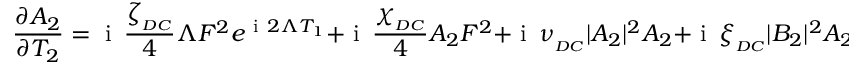
\frac { \partial A _ { 2 } } { \partial T _ { 2 } } = \mathrm { ~ i ~ } \, \frac { \zeta _ { _ { D C } } } { 4 } \Lambda F ^ { 2 } e ^ { \mathrm { ~ i ~ } 2 \Lambda T _ { 1 } } + \mathrm { ~ i ~ } \, \frac { \chi _ { _ { D C } } } { 4 } A _ { 2 } F ^ { 2 } + \mathrm { ~ i ~ } \, \nu _ { _ { D C } } | A _ { 2 } | ^ { 2 } A _ { 2 } + \mathrm { ~ i ~ } \, \xi _ { _ { D C } } | B _ { 2 } | ^ { 2 } A _ { 2 } ,